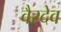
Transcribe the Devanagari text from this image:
वैरदेव